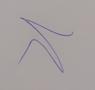
Signature authenticity: genuine